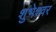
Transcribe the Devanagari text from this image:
शुभेश्वर